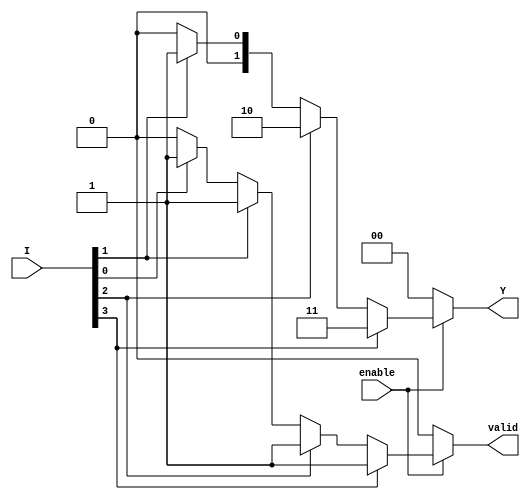
module PriorityEncoder (
    input wire [3:0] I,       // 4 input lines (I0, I1, I2, I3)
    input wire enable,        // Enable signal
    output reg [1:0] Y,       // 2-bit output for the highest priority active input
    output reg valid          // Valid output signal
);

always @(*) begin
    if (!enable) begin
        // If enable is low, reset outputs
        Y = 2'b00;
        valid = 1'b0;
    end else begin
        // Default output
        Y = 2'b00;
        valid = 1'b0;
        
        // Determine the highest priority active input
        if (I[3]) begin
            Y = 2'b11; // Output for I3
            valid = 1'b1;
        end else if (I[2]) begin
            Y = 2'b10; // Output for I2
            valid = 1'b1;
        end else if (I[1]) begin
            Y = 2'b01; // Output for I1
            valid = 1'b1;
        end else if (I[0]) begin
            Y = 2'b00; // Output for I0
            valid = 1'b1;
        end
    end
end

endmodule